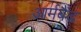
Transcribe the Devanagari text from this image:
आर्मबैंड